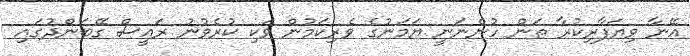
އޭނާ ވިޔަފާރިކުރާ ތަން ހުންނަނީ ޔަމަނުގެ ވެރިކަމުން ވަކި ކުރެވުނު ރައީސް ގޭބަންދުގައި